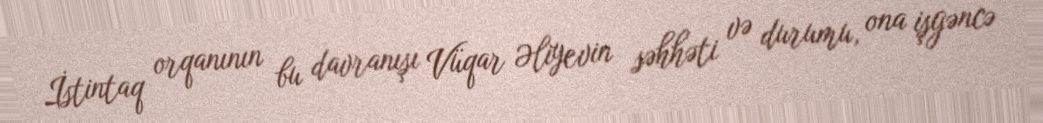
İstintaq orqanının bu davranışı Vüqar Əliyevin səhhəti və durumu, ona işgəncə